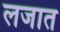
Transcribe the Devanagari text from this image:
लजात